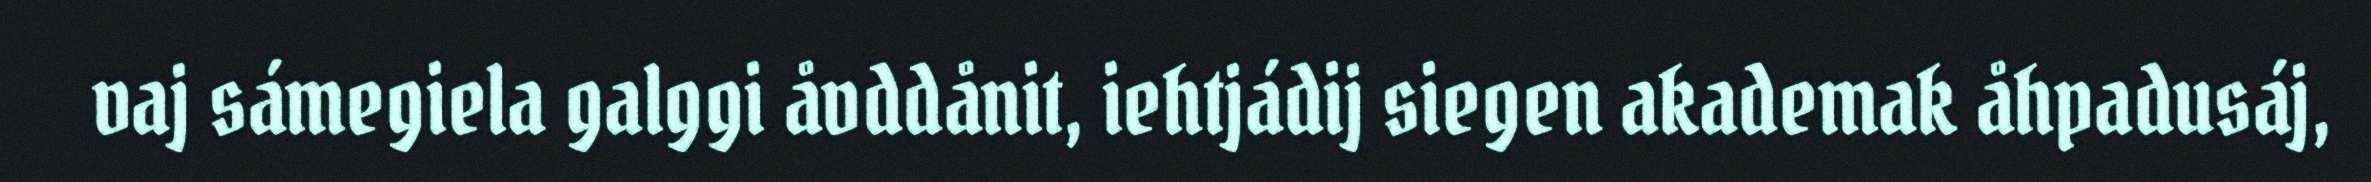
vaj sámegiela galggi åvddånit, iehtjádij siegen akademak åhpadusáj,